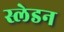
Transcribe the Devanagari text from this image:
स्लेडन